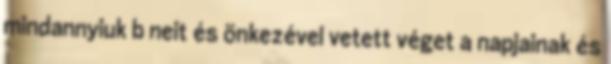
mindannyiuk b�neit és önkezével vetett véget a napjainak és